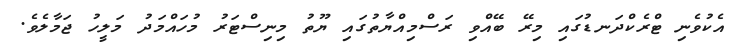
އެކުވެނި ޓްރެކްދަނޑުގައި މިރޭ ބޭއްވި ރަސްމިއްޔާތުގައި ޔޫތު މިނިސްޓަރު މުހައްމަދު މަލީހު ޖަމާލެވެ.